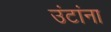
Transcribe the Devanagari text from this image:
उंटांना